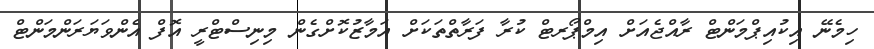
ހިމެނޭ އިކުއިޕްމަންޓް ރާއްޖެއަށް އިމްޕޯރޓް ކުރާ ފަރާތްތަކަށް އަމާޒުކޮށްގެން މިނިސްޓްރީ އޮފް އެންވަޔަރަންމަންޓް